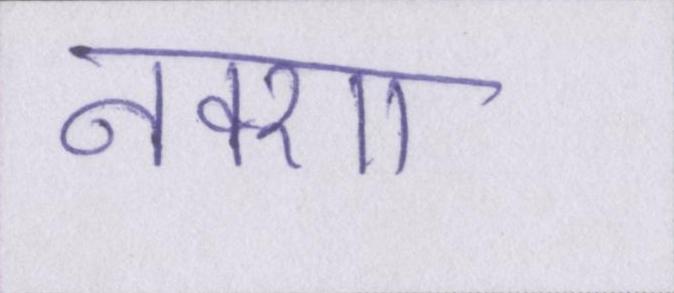
नक्शा